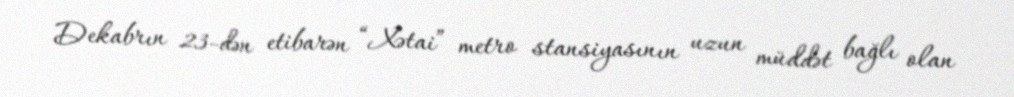
Dekabrın 23-dən etibarən “Xətai” metro stansiyasının uzun müddət bağlı olan